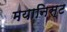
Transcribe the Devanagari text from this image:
मयानिस्ट